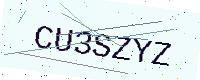
Text: CU3SZYZ